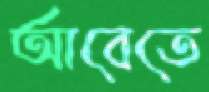
আবেতে